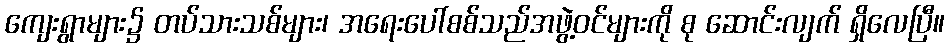
ကျေးရွာများ၌ တပ်သားသစ်များ၊ အရေးပေါ်စစ်သည်အဖွဲ့ဝင်များကို စု ဆောင်းလျက် ရှိလေပြီ။